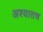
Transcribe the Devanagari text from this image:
अश्यातच